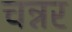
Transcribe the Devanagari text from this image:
चन्नर